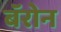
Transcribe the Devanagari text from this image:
बॅरोन